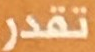
تقدر